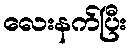
လေးနက်ပြီး